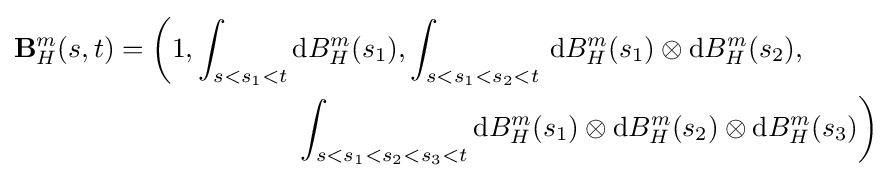
{\begin{aligned}\mathbf {B} _{H}^{m}(s,t)=\left(1,\int _{s<s_{1}<t}\right.&\mathrm {d} B_{H}^{m}(s_{1}),\int _{s<s_{1}<s_{2}<t}\,\mathrm {d} B_{H}^{m}(s_{1})\otimes \mathrm {d} B_{H}^{m}(s_{2}),\\&\left.\int _{s<s_{1}<s_{2}<s_{3}<t}\mathrm {d} B_{H}^{m}(s_{1})\otimes \mathrm {d} B_{H}^{m}(s_{2})\otimes \mathrm {d} B_{H}^{m}(s_{3})\right)\end{aligned}}